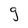
Character: g